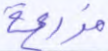
مزرعة